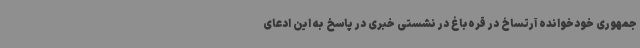
جمهوری خودخوانده آرتساخ در قره‌باغ در نشستی خبری در پاسخ به این ادعای